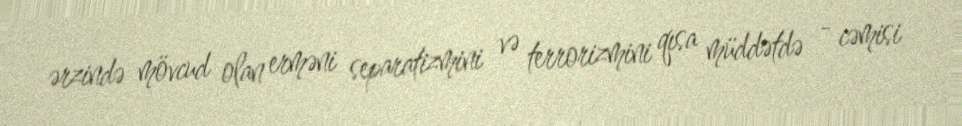
ərzində mövcud olan erməni separatizmini və terrorizmini qısa müddətdə - cəmisi